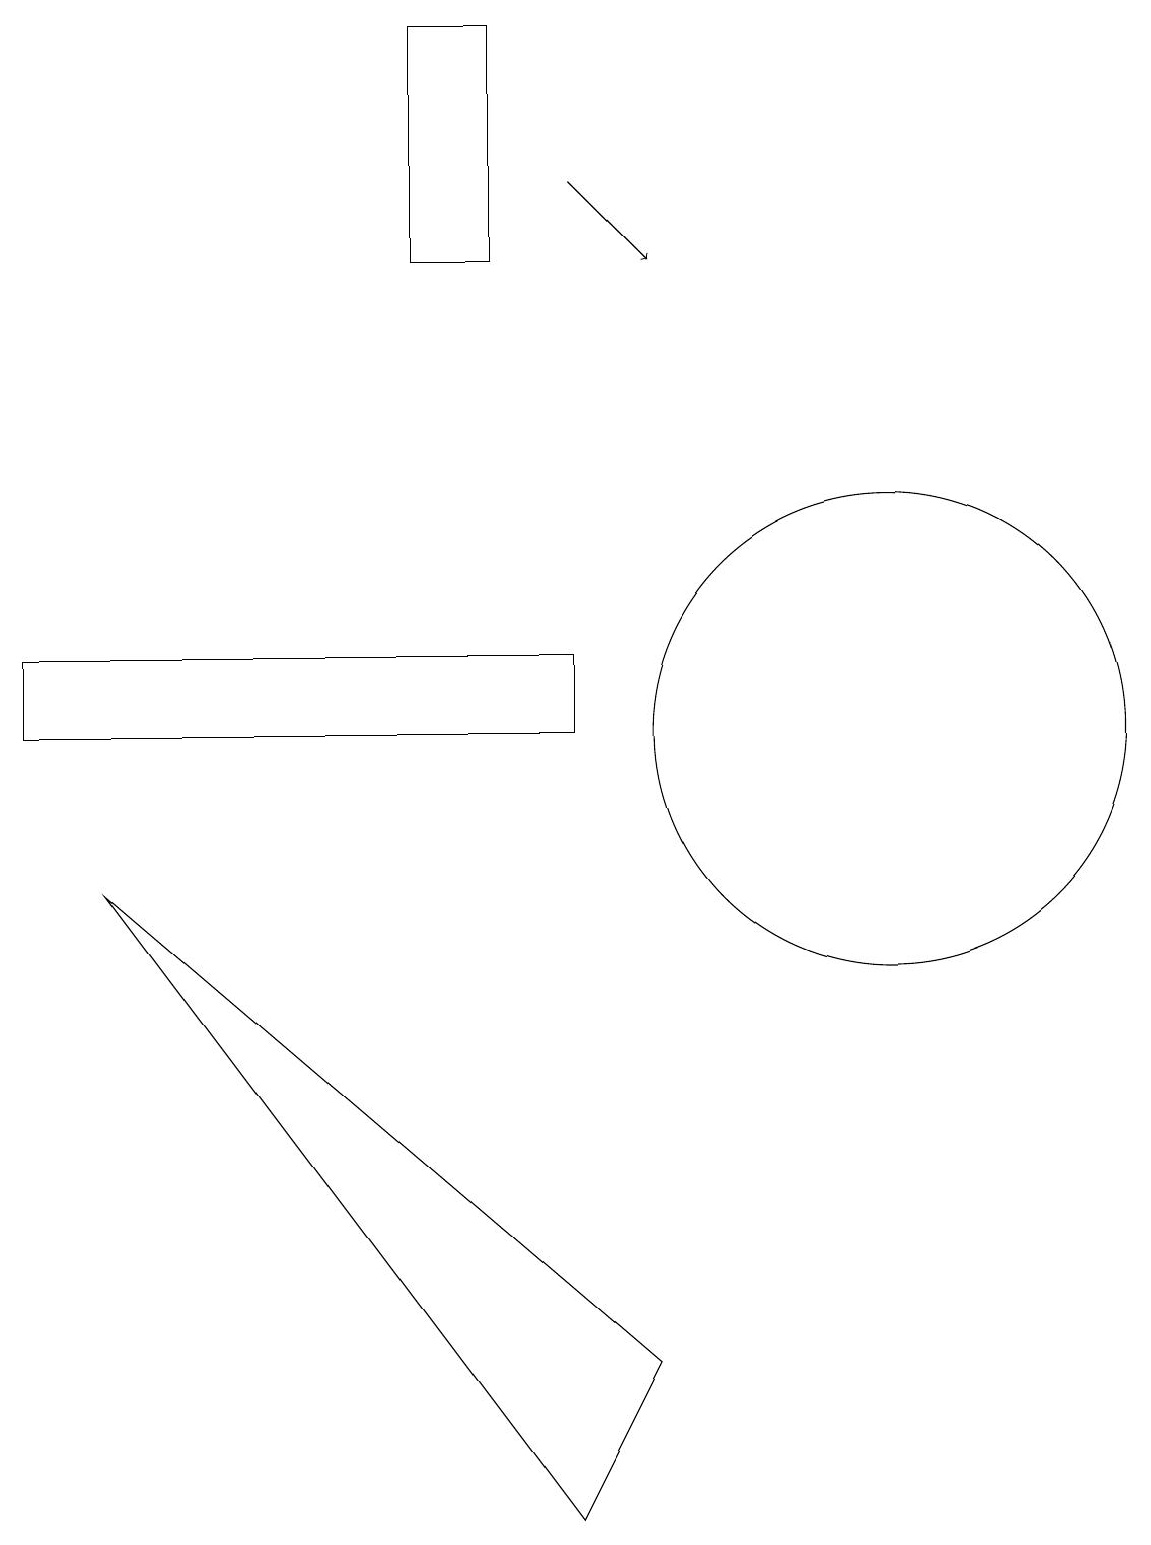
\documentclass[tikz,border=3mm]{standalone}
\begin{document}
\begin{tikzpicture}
\draw (6,19) rectangle (7,16);
\draw[->] (8,17) -- (9,16);
\draw (12,10) circle (3);
\draw (2,8) -- (8,0) -- (9,2) -- cycle;
\draw (1,10) rectangle (8,11);
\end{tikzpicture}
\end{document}